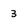
Character: 3